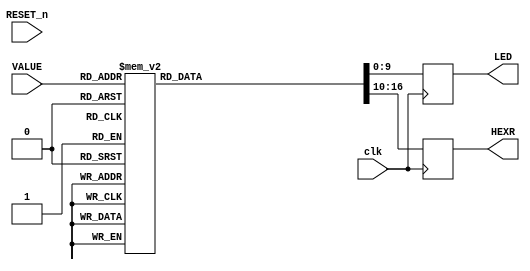
module  ADC_SEG_LED (
  input  RESET_n , 
  input clk, 
  input [11:8] VALUE , 
  output [9:0]LED,
  output [6:0]HEXR

) ; 
 

//---LED OUT ----
reg [9:0] vol;
reg [6:0] hex0;
reg [6:0] hex1;
always @ (posedge clk )
begin
	case(VALUE)
	 4'b0000:	begin //0
					vol = 10'b0000000000;
					hex0 = 7'b0111111;
					end
	 4'b0001:	begin //1
					vol= 10'b0000000001;
					hex0 = 7'b0000110;
					end

	 4'b0010:	begin //2
					vol= 10'b0000000011;
					hex0 = 7'b1011011;
					end

	 4'b0011:	begin //3
					vol= 10'b0000000111;
					hex0 = 7'b1001111;
					end

	 4'b0100:	begin //4
					vol= 10'b0000001111;
					hex0 = 7'b1100110;
					end

	 4'b0101:	begin //5
					vol= 10'b0000011111;
					hex0 = 7'b1101101;
					end

	 4'b0110:	begin //6
					vol= 10'b0000111111;
					hex0 = 7'b1111101;
					end

	 4'b0111:	begin //7
					vol= 10'b0001111111;
					hex0 = 7'b0000111;
					end

	 4'b1000:	begin //8
					vol= 10'b0011111111;
					hex0 = 7'b1111111;
					end
					
	 4'b1001:	begin //9 
					vol= 10'b1111111111;
					hex0 = 7'b1100111;
					end
	 4'b1010:	begin //a
					vol= 10'b1111111111;
					hex0 = 7'b1110111;
					end
	 4'b1011:	begin //b
					vol= 10'b1111111111;
					hex0 = 7'b1111100;
					end
					
	 4'b1100:	begin //c 
					vol= 10'b1111111111;
					hex0 = 7'b0111001;
					end
					
	 4'b1101:	begin //d
					vol= 10'b1111111111;
					hex0 = 7'b1011110;
					end 
					
	 4'b1110:	begin //e
					vol= 10'b1111111111;
					hex0 = 7'b1111001;
					end		
					
	 4'b1111:	begin //f
					vol= 10'b1111111111;
					hex0 = 7'b1110001;
					end			
		
	default:	begin
					vol = 10'b1111111111;
					hex0 = 7'b1110001;
					end
	endcase
end

//---LED OUT --- 
assign LED =  vol ; 
assign HEXR = hex0;



endmodule